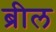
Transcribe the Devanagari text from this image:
ब्रील